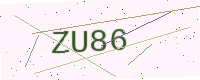
Text: ZU86